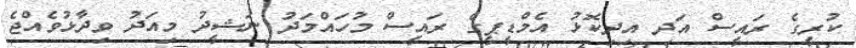
ކުރީގެ ރައީސް އަދި އިދިކޮޅު އެމްޑީޕީގެ ރައީސް މުހައްމަދު ނަޝީދު މިއަދު ވިދާޅުވެއްޖެ